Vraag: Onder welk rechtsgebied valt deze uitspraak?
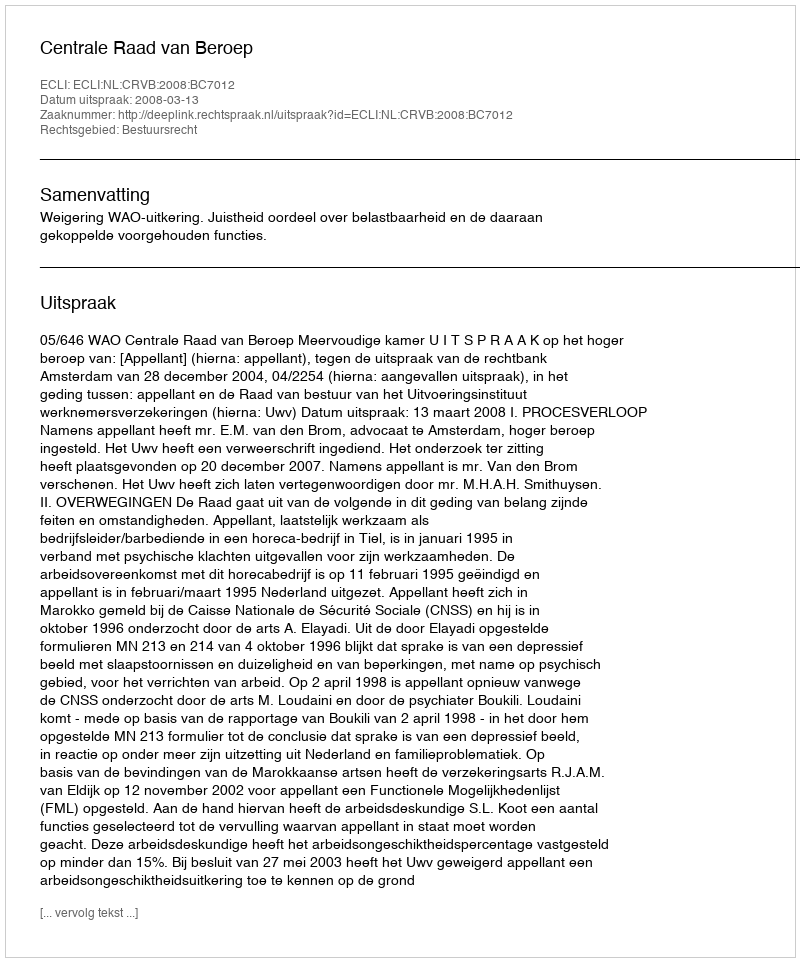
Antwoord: Bestuursrecht